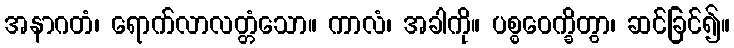
အနာဂတံ၊ ရောက်လာလတ္တံသော။ ကာလံ၊ အခါကို။ ပစ္စဝေက္ခိတွာ၊ ဆင်ခြင်၍။